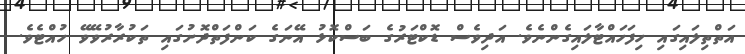
އަތްތިލައިގައި ހިފަހައްޓާލައިގެންނެވެ. އަދިވެސް ޑޮކްޓަރުގެ ބަސްކޮޅު އޭނަގެ ކަންފަތްދޮށުގައި ތަކުރާރުވޭވޭ ހުއްޓެވެ.